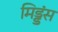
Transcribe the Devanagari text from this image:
मिड्डंस